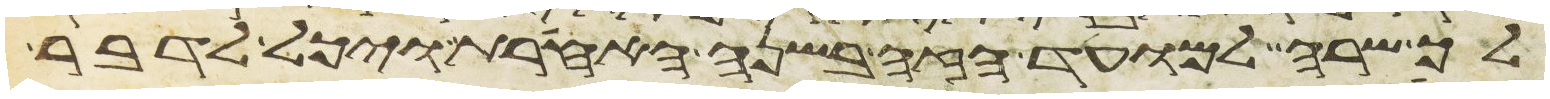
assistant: לך שרה למועד הזה בשנה האחרת ויכל לדבר